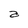
Character: a